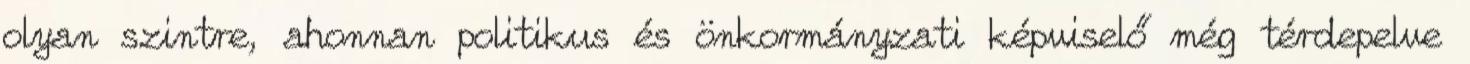
olyan szintre, ahonnan politikus és önkormányzati képviselő még térdepelve